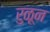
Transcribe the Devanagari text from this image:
रुळून